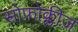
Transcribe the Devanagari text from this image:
सोफ़ोक्लीज़